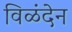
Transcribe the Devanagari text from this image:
विळंदेन